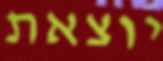
יוצאת